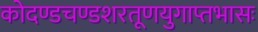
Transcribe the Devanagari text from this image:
कोदण्डचण्डशरतूणयुगाप्तभासः